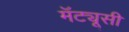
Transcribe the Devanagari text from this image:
मॅट्यूसी